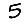
Digit: 5